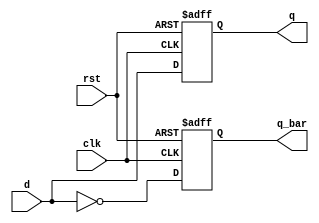
module dff(d,clk,rst,q,q_bar);
  input d,clk,rst;
  output reg q,q_bar;
  always @(posedge clk,posedge rst)
  if(rst)
    begin
      q=0;q_bar=1;
    end
  else
    begin 
      q=d;
      q_bar=~d;
    end
endmodule

module dff_tb;
  reg d,clk,rst;
  wire q,q_bar;
  dff DFF(d,clk,rst,q,q_bar);
  
  always
  #5 clk=~clk;
  
  initial
  begin
    d=0;rst=1;clk=0;#10;
    rst=0;
    d=0;#10;
    d=1;#10;
  end
endmodule